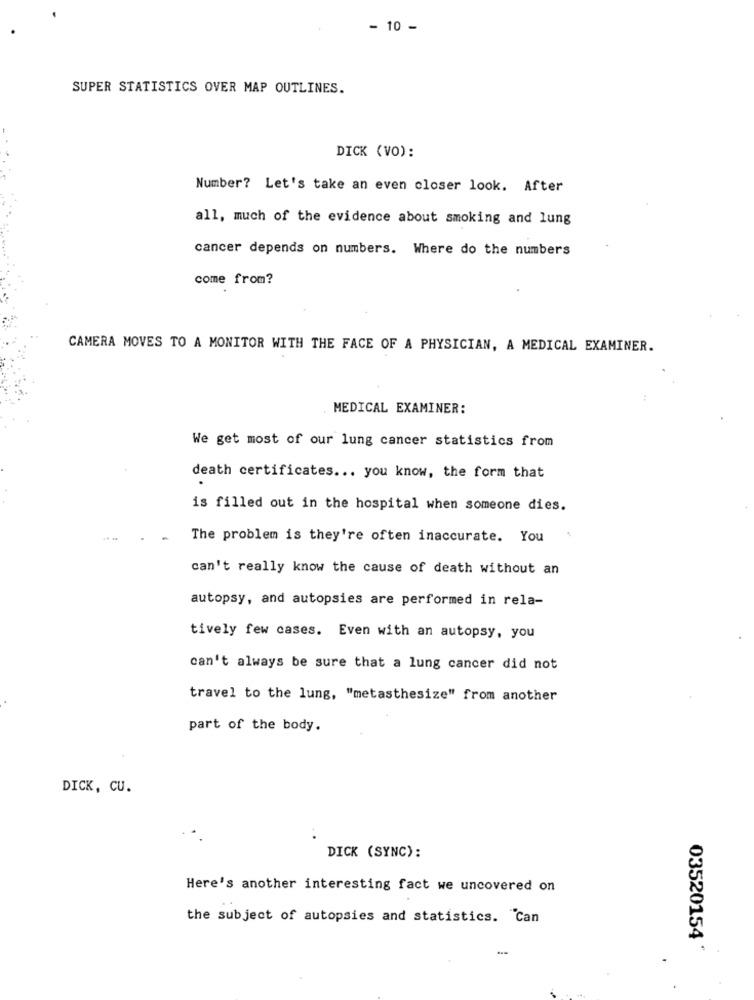
- 10 -
SUPER STATISTICS OVER MAP OUTLINES.
DICK (VO):
Number? Let's take an even closer look. After
all, much of the evidence about smoking and lung
cancer depends on numbers. Where do the numbers
come from?
CAMERA MOVES TO A MONITOR WITH THE FACE OF A PHYSICIAN, A MEDICAL EXAMINER.
MEDICAL EXAMINER:
We get most of our lung cancer statistics from
death certificates ... you know, the form that
is filled out in the hospital when someone dies.
The problem is they're often inaccurate. You
can't really know the cause of death without an
autopsy, and autopsies are performed in rela-
tively few cases. Even with an autopsy, you
can't always be sure that a lung cancer did not
travel to the lung, "metasthesize" from another
part of the body.
DICK, CU.
DICK (SYNC):
Here's another interesting fact we uncovered on
the subject of autopsies and statistics. Can
03520154 '